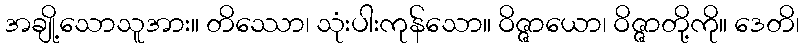
အချို့သောသူအား။ တိဿော၊ သုံးပါးကုန်သော။ ဝိဇ္ဇာယော၊ ဝိဇ္ဇာတို့ကို။ ဒေတိ၊